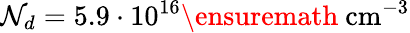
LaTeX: \mathcal{N}_{d}=5.9\cdot10^{16}\ensuremath{{~\mathrm{{cm}}^{-3}}}